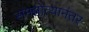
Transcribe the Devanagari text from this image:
समझोत्यानंतर